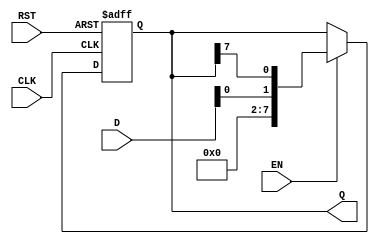
module shift_register #(
    parameter N = 8 // Define the size of the shift register (number of bits)
)(
    input wire [N-1:0] D,    // Input Data
    input wire CLK,           // Clock signal
    input wire RST,           // Asynchronous Reset
    input wire EN,            // Enable signal
    output reg [N-1:0] Q      // Output Data
);

    // Always block triggered on the rising edge of the clock or when reset is activated
    always @(posedge CLK or posedge RST) begin
        if (RST) begin
            Q <= {N{1'b0}}; // Clear the register to 0
        end else if (EN) begin
            Q <= {D[0], Q[N-1:N-1]}; // Right shift operation
        end
    end

endmodule